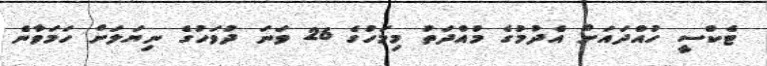
ޓެކްސީ ހުއްދައަށް އެދުމުގެ މުއްދަތު މިމަހުގެ 26 ވަނަ ދުވަހުގެ ނިޔަލަށް ހަމަވާނެ